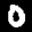
Label: 0